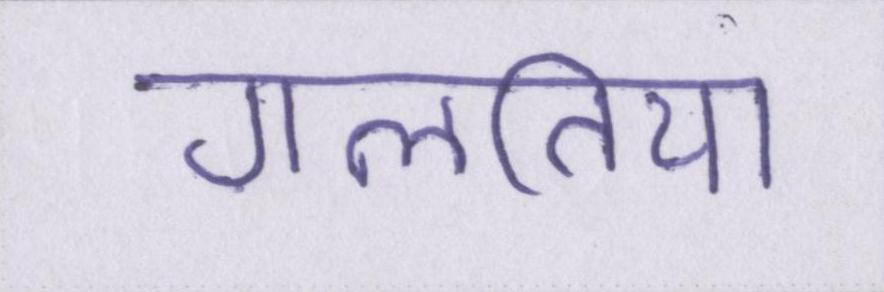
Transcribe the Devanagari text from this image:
गलतिया